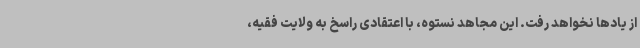
از یادها نخواهد رفت. این مجاهد نستوه، با اعتقادی راسخ به ولایت فقیه،